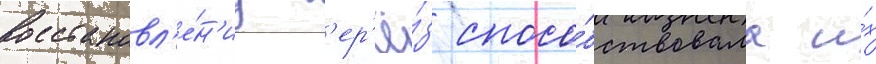
Восстановл'е́н'иу б'ер'ё́з спосо́бствовала и́х